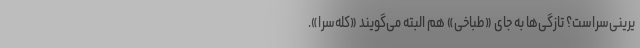
یرینی‌سراست؟ تازگی‌ها به جای «طباخی» هم البته می‌گویند «کله‌سرا».